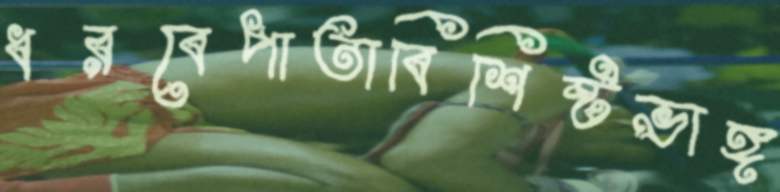
ধরবেপাতাবিশিষ্টভাঙ্গ